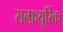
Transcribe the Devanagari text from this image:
सल्फ़यूरिक